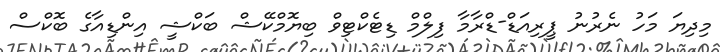
މިދިޔަ މަހު ނެރުނު ޕީރިއަޑް-ޑްރާމާ ފިލްމް ޑިޓެކްޓިވް ބިޔޮމްކޭޝް ބަކްޝީ އިންޑިއާގެ ބޮކްސް